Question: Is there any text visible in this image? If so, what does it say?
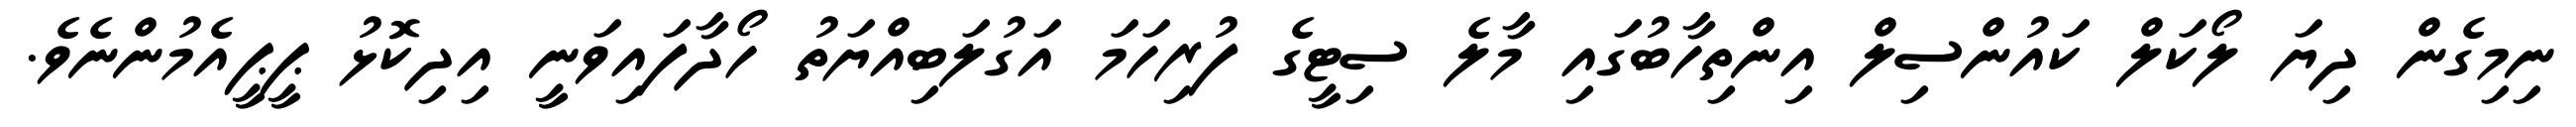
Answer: ނިމިގެން ދިޔަ ލޯކަލް ކައުންސިލް އިންތިހާބުގައި މާލެ ސިޓީގެ ފުރިހަމަ އަގުލަބިއްޔަތު ހޯދާފައިވަނީ އިދިކޮޅު ޕީޕީއެމުންނެވެ.